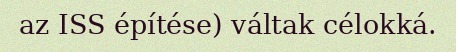
az ISS építése) váltak célokká.